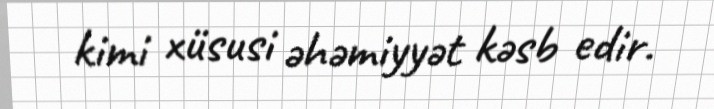
kimi xüsusi əhəmiyyət kəsb edir.